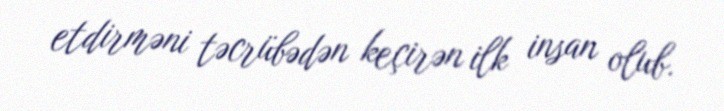
etdirməni təcrübədən keçirən ilk insan olub.